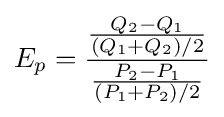
E_{p}={\frac {\frac {Q_{2}-Q_{1}}{(Q_{1}+Q_{2})/2}}{\frac {P_{2}-P_{1}}{(P_{1}+P_{2})/2}}}